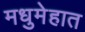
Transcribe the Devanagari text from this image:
मधुमेहात